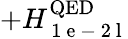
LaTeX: +H_{\mathrm{~1~e~-~2~l~}}^{\mathrm{QED}}